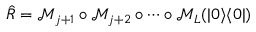
\hat { R } = \mathcal { M } _ { j + 1 } \circ \mathcal { M } _ { j + 2 } \circ \dotsb \circ \mathcal { M } _ { L } ( | 0 \rangle \langle 0 | )